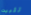
تثبيت